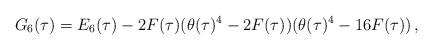
LaTeX: \begin{align*}G_6(\tau)=E_6(\tau)-2 F(\tau) (\theta(\tau)^4-2 F(\tau)) (\theta(\tau)^4-16 F(\tau))\,,\end{align*}